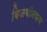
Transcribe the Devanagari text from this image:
विजयीनगरम